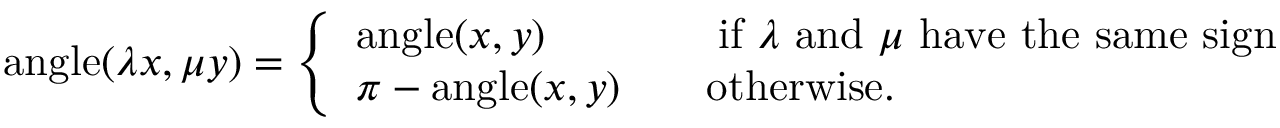
\operatorname { a n g l e } ( \lambda x , \mu y ) = { \left\{ \begin{array} { l l } { \operatorname { a n g l e } ( x , y ) \qquad \qquad { \mathrm { i f ~ } } \lambda { \mathrm { ~ a n d ~ } } \mu { \mathrm { ~ h a v e ~ t h e ~ s a m e ~ s i g n } } } \\ { \pi - \operatorname { a n g l e } ( x , y ) \qquad { \mathrm { o t h e r w i s e } } . } \end{array} \right. }